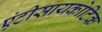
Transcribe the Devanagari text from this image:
एंटीसायकोटिक